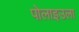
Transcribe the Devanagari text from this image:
पोलाइउला